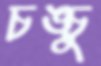
চঙ্চু